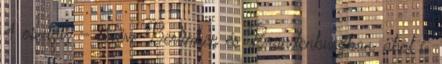
4 osztály – kivéve Berlinben és Brandenburgban, ahol 6